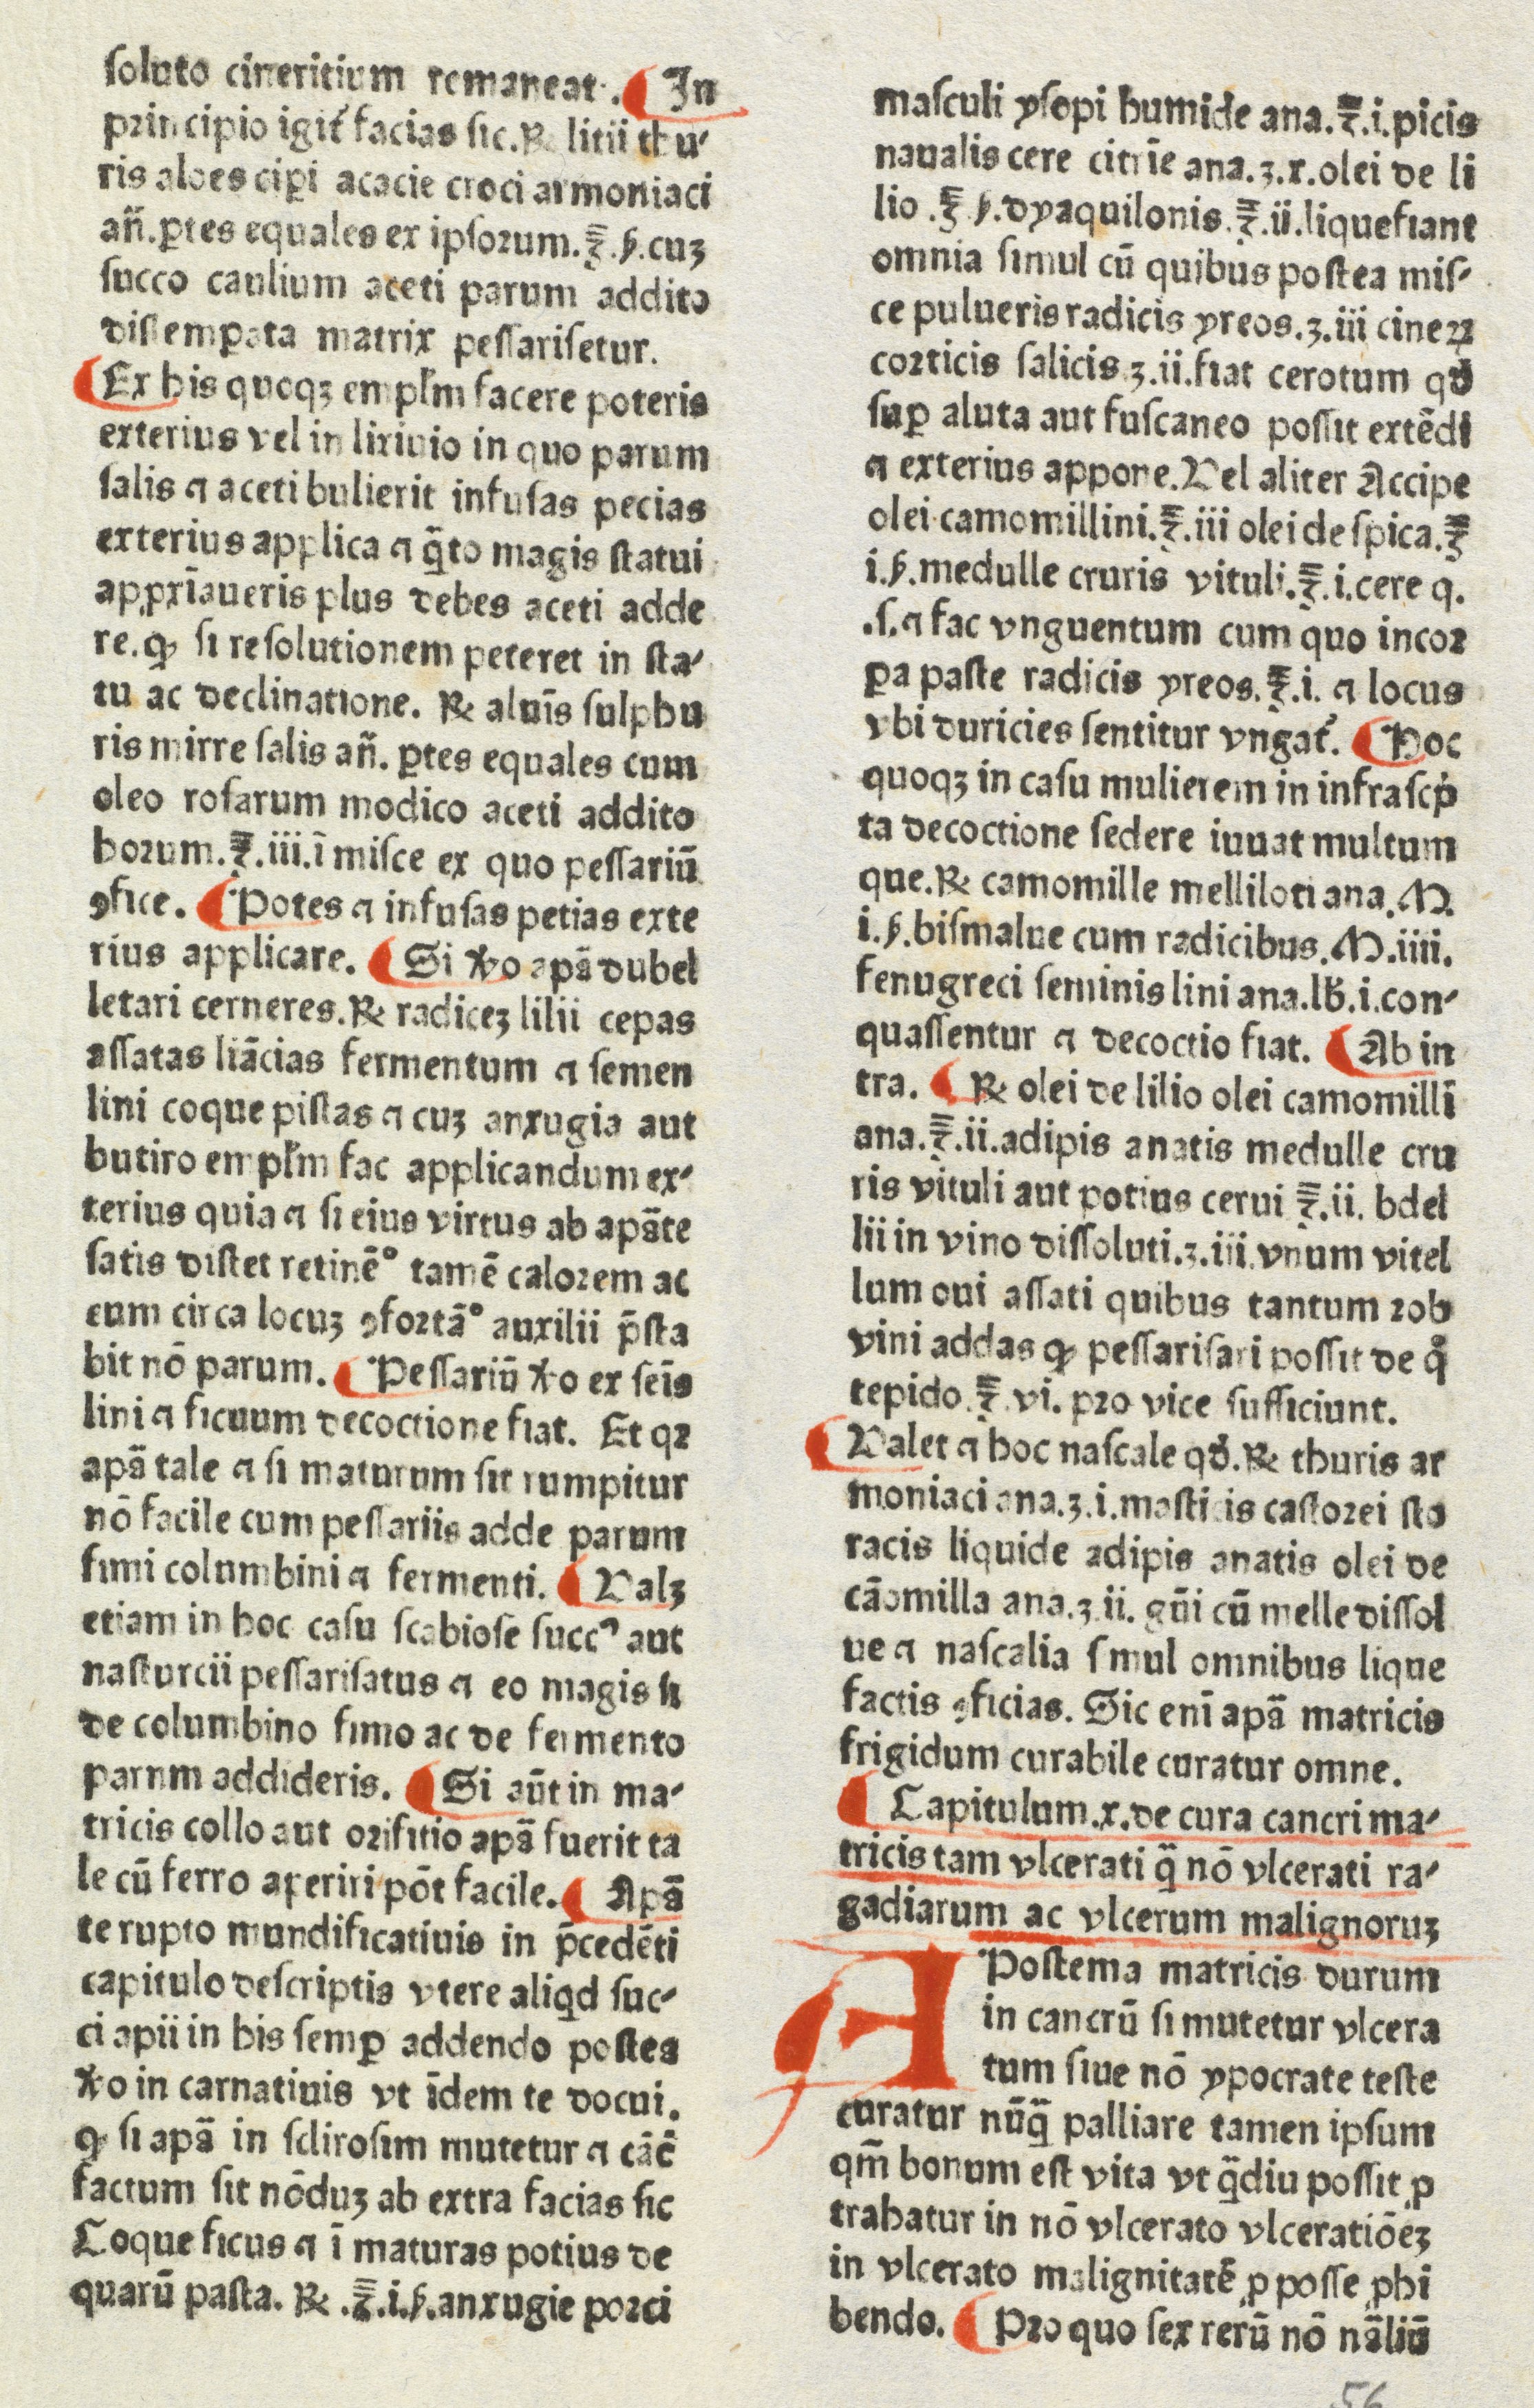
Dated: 1480–1470